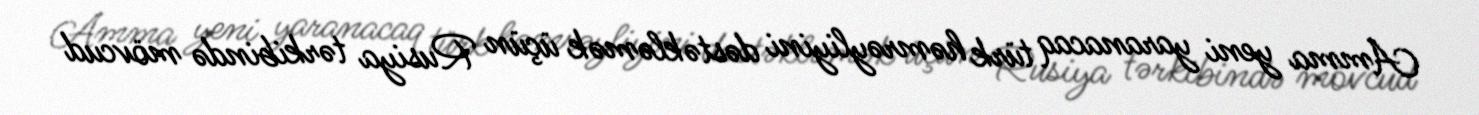
Amma yeni yaranacaq türk həmrəyliyini dəstəkləmək üçün Rusiya tərkibində mövcud